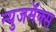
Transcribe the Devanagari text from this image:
न्युजमॅक्स